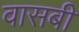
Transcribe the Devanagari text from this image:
वासबी